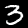
Label: 3